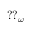
{ \mathrm { ? ? } } _ { \omega }